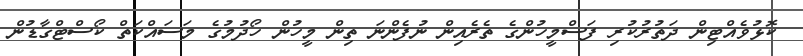
ކޮޅުވެއްޓިން ދަތުރުކުރި ފަސްމީހުންގެ ތެރެއިން ނުފެންނަ ތިން މީހުން ހޯދުމުގެ މަސައްކަތް ކޯސްޓްގާޑުން